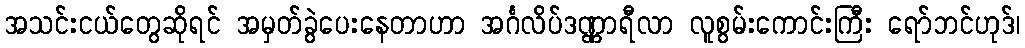
အသင်းငယ်တွေဆိုရင် အမှတ်ခွဲပေးနေတာဟာ အင်္ဂလိပ်ဒဏ္ဏာရီလာ လူစွမ်းကောင်းကြီး ရော်ဘင်ဟုဒ်၊